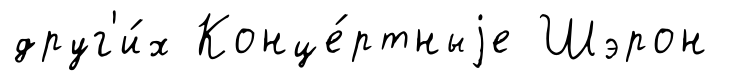
друг'и́х Конце́ртныjе Шэрон